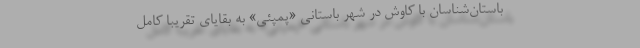
باستان‌شناسان با کاوش در شهر باستانی «پمپئی» به بقایای تقریبا کامل